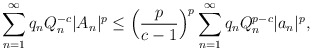
\begin{align*}{}&\displaystyle\sum_{n=1}^{\infty}q_{n}Q^{-c}_{n}|A_{n}|^{p}\leq\Big(\frac{p}{c-1}\Big)^{p}\displaystyle\sum_{n=1}^{\infty}q_{n}Q^{p-c}_{n}|a_{n}|^{p},\end{align*}